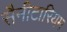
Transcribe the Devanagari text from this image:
सैनीटारियम